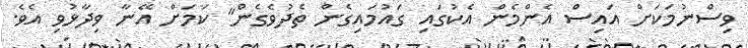
ވިސްނުމަކަށް އައިސް އެންމެން އެކުގައި ގައުމައިގެން ތެދުވެގެން" ކަމަށް އޭނާ ވިދާޅުވި އެވެ.